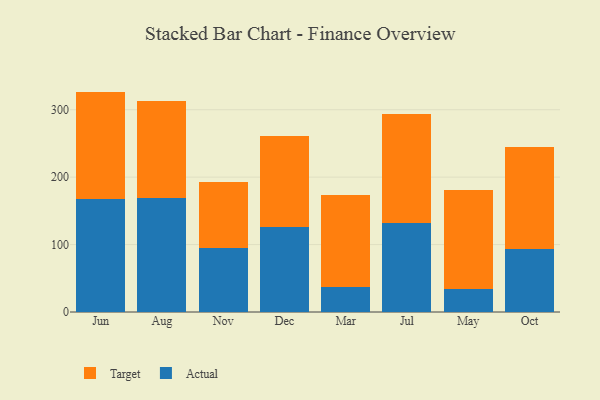
{"axis": {"x": "Month", "y": "Operating Costs (USD K)"}, "legend": ["Actual", "Target"], "data": [{"x": "Jun", "y": 167.1, "type": "Actual"}, {"x": "Jun", "y": 159.8, "type": "Target"}, {"x": "Aug", "y": 169.3, "type": "Actual"}, {"x": "Aug", "y": 144.1, "type": "Target"}, {"x": "Nov", "y": 94.8, "type": "Actual"}, {"x": "Nov", "y": 98.7, "type": "Target"}, {"x": "Dec", "y": 125.9, "type": "Actual"}, {"x": "Dec", "y": 135.2, "type": "Target"}, {"x": "Mar", "y": 36.9, "type": "Actual"}, {"x": "Mar", "y": 136.8, "type": "Target"}, {"x": "Jul", "y": 131.5, "type": "Actual"}, {"x": "Jul", "y": 162.1, "type": "Target"}, {"x": "May", "y": 34.5, "type": "Actual"}, {"x": "May", "y": 145.9, "type": "Target"}, {"x": "Oct", "y": 93.7, "type": "Actual"}, {"x": "Oct", "y": 150.6, "type": "Target"}]}